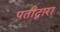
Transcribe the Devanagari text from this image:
पतीद्वारा